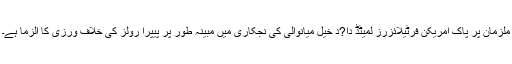
ملزمان پر پاک امریکن فرٹیلائزرز لمیٹڈ دا?د خیل میانوالی کی نجکاری میں مبینہ طور پر پیپرا رولز کی خلاف ورزی کا الزما ہے۔